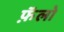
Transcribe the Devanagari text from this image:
फ़ॅलो